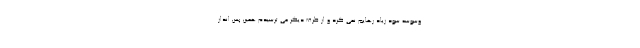
وسوسه سود زیاد رهایم نمی کرد و از طرف دیگر می ترسیدم همین پس انداز